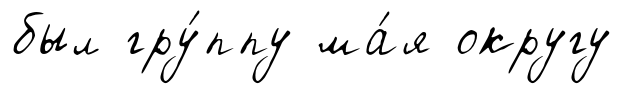
был гру́ппу ма́я округу